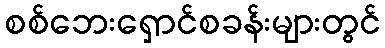
စစ်ဘေးရှောင်စခန်းများတွင်